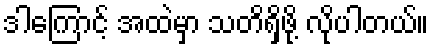
ဒါကြောင့် အထဲမှာ သတိရှိဖို့ လိုပါတယ်။